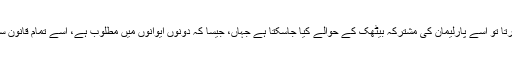
اگر کوئی بھی پارلیمانی چیمبر کسی عام بل کو کلیئر نہیں کرتا تو اسے پارلیمان کی مشترکہ بیٹھک کے حوالے کیا جاسکتا ہے جہاں، جیسا کہ دونوں ایوانوں میں مطلوب ہے، اسے تمام قانون سازوں کی اکثریتی حمایت کے ذریعے کلیئر کیا جاسکتا ہے۔